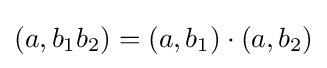
(a,b_{1}b_{2})=(a,b_{1})\cdot (a,b_{2})